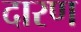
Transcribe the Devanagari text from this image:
दारण